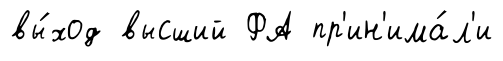
вы́ход высший ФА пр'ин'има́л'и